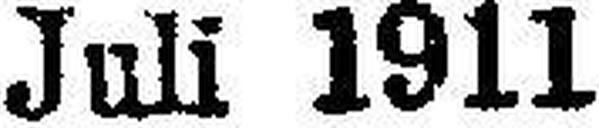
Juli 1911